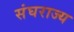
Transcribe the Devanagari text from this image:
संघराज्‍य